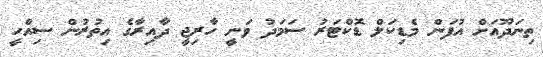
ތިނަދޫއަށް އުފަން މެޑިކަލް ޑޮކްޓަރު ސަމަދު ވަނީ ހާރިޖީ ދާއިރާގެ އިތުރުން ސިއްހީ